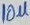
Text: 10µ